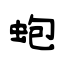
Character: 蚫